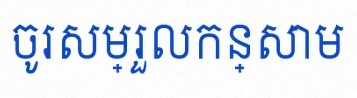
ចូរសម្រួលកន្សោម